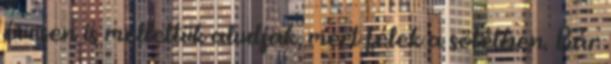
évesen is mellettük aludjak, mert félek a sötétben. Bár